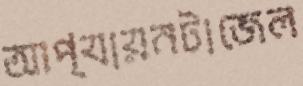
আপ্যায়নটাজেল